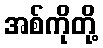
အစ်ကိုတို့